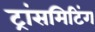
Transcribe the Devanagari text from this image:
ट्रांसमिटिंग